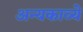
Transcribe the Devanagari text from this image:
अन्यकाव्ये